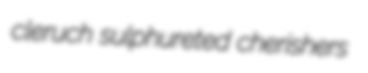
cleruch sulphureted cherishers